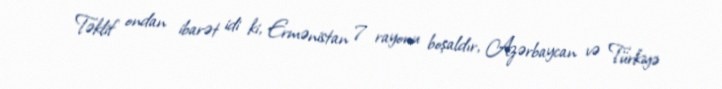
Təklif ondan ibarət idi ki, Ermənistan 7 rayonu boşaldır, Azərbaycan və Türkiyə